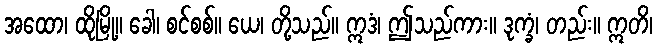
အထော၊ ထိုမြို့။ ခေါ၊ စင်စစ်။ ယေ၊ တို့သည်။ ဣဒံ၊ ဤသည်ကား။ ဒုက္ခံ၊ တည်း။ ဣတိ၊